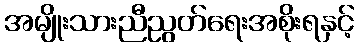
အမျိုးသားညီညွတ်ရေးအစိုးရနှင့်